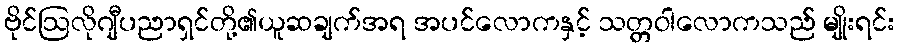
ဗိုင်ဩလိုဂျီပညာရှင်တို့၏ယူဆချက်အရ အပင်လောကနှင့် သတ္တဝါလောကသည် မျိုးရင်း